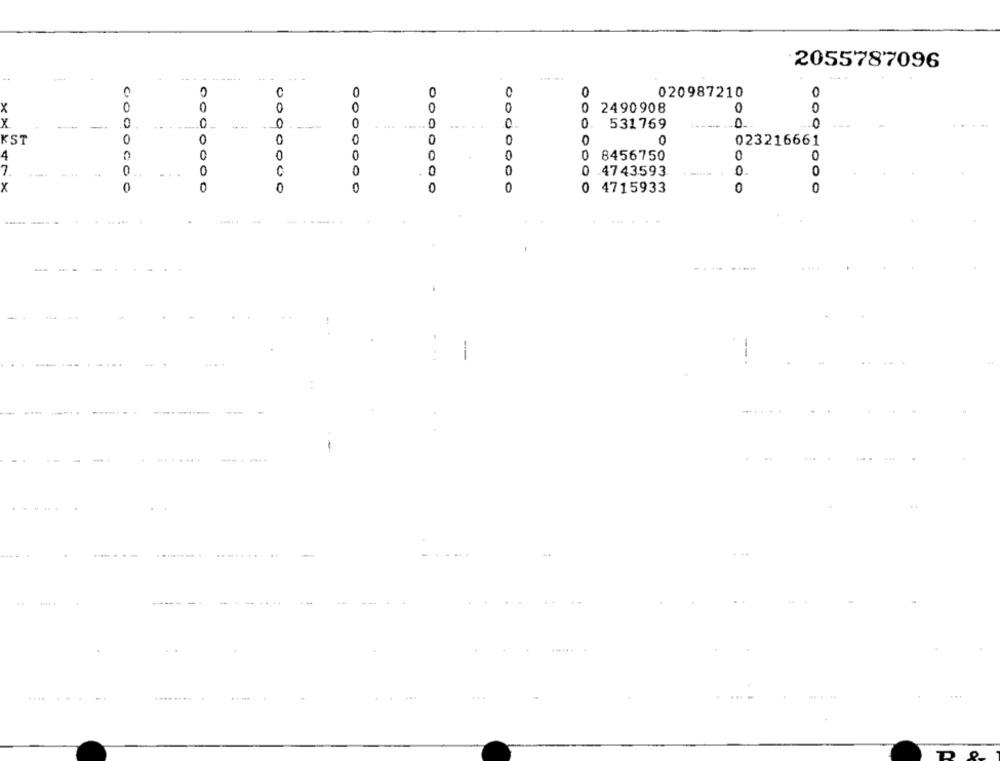
2055787096
0
0
0
0
0
020987210
0
0
0
0
0
0
x
00
0
2490908
0
0
0
0
0
0
x
0
O
531769
KST
0
0
0
0
0
0
023216661
4
0
0
0
0
0
0
8456750
0
0
7
0
C
0
4743593
0
0
X
0
0
4715933
0
... ..... .
-... ----
.... .
---- --
.... ..